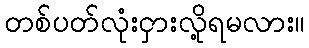
တစ်ပတ်လုံးငှားလို့ရမလား။